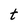
Character: t